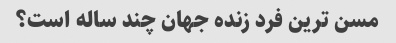
مسن ترین فرد زنده جهان چند ساله است؟